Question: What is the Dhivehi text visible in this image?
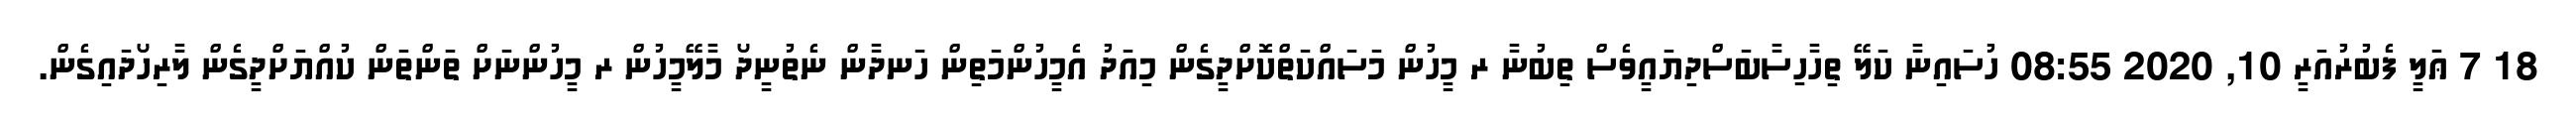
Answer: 18 7 ޢަލީ ފެބުރުއަރީ 10, 2020 08:55 ހުސައިނާ ކަލޭ ތިހާހިސާބަސްދިޔައީވެސް ތިބުނާ ރ މީހުން މަސައްކަތްކޮށްދީގެން މިއަދު އެމީހުންމަތިން ހަނދާން ނެތުނީދޯ މާލޭމީހުން ރ މީހުންނަށް ތަންތަން ކުއްޔަށްދީގެން ލާރިހޯދައިގެން.